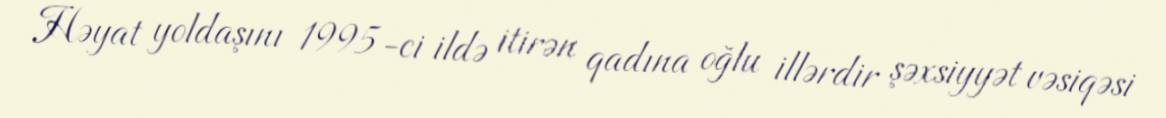
Həyat yoldaşını 1995-ci ildə itirən qadına oğlu illərdir şəxsiyyət vəsiqəsi